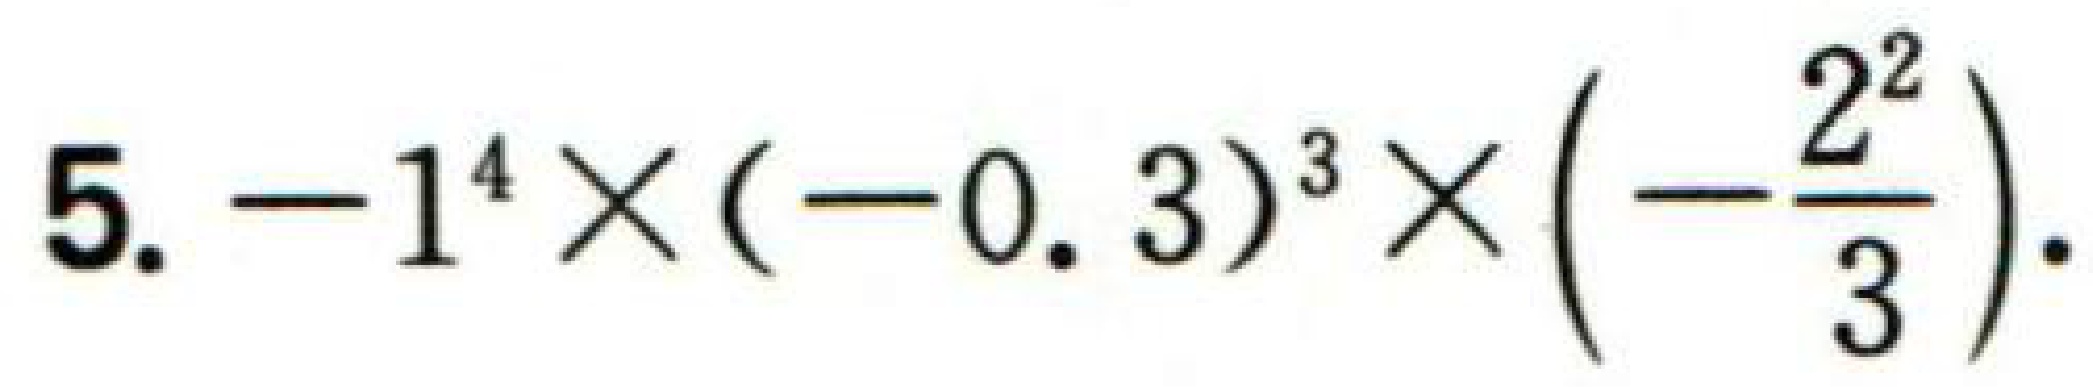
5. \(-1^{4}\times(-0.3)^{3}\times\left(-\dfrac{2^{2}}{3}\right)\).